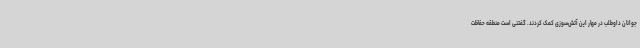
جوانان داوطلب در مهار این آتش‌سوزی کمک کردند. گفتنی است منطقه حفاظت